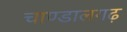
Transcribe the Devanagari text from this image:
चाण्डालगढ़